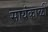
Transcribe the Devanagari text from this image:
सायंकाळीं